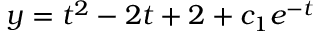
y = t ^ { 2 } - 2 t + 2 + c _ { 1 } e ^ { - t }